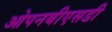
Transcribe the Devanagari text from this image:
ओपनबीएसडी